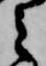
之